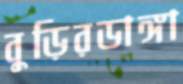
বুড়িরডাঙ্গা